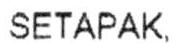
SETAPAK.